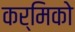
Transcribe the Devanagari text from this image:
कर्मिको